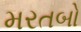
મરતબો